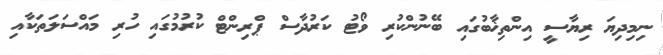
ނިމިދިޔަ ރިޔާސީ އިންތިޚާބުގައި ބޭނުންކުރި ވޯޓު ކަރުދާސް ޕްރިންޓް ކުރުމުގައި ހުރި މައްސަލަތަކާއި